Code of medical and sanitary regulations for the guidance of medical officers serving in the Madras Presidency - Volume II
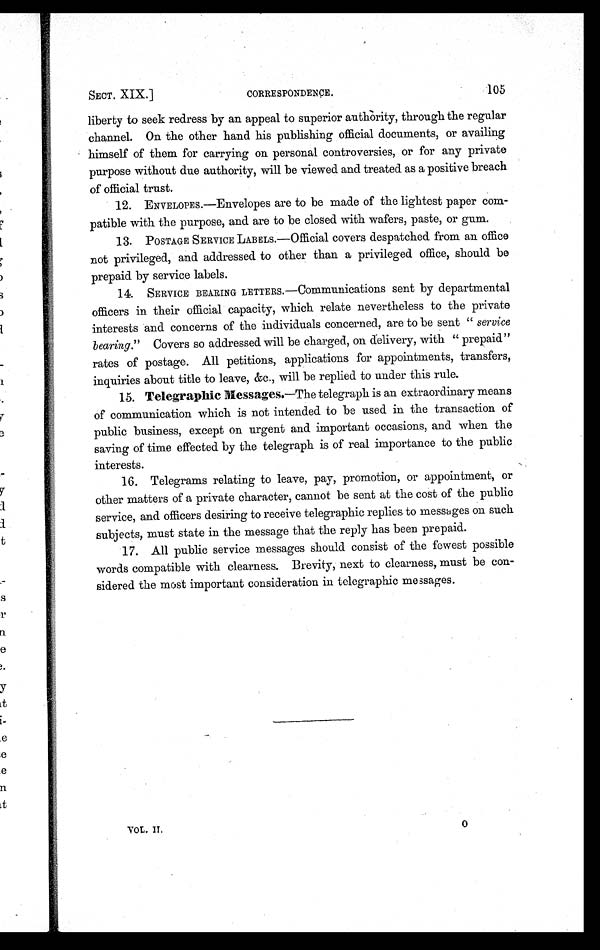
SECT. XIX.]
CORRESPONDENCE.
105
liberty to seek redress by an appeal to superior authority, through the regular
channel. On the other hand his publishing official documents, or availing
himself of them for carrying on personal controversies, or for any private
purpose without due authority, will be viewed and treated as a positive breach
of official trust.
12. ENVELOPES.—Envelopes are to be made of the lightest paper com-
patible with the purpose, and are to be closed with wafers, paste, or gum.
13. POSTAGE SERVICE LABELS.—Official covers despatched from an office
not privileged, and addressed to other than a privileged office, should be
prepaid by service labels.
14. SERVICE BEARING LETTERS.—Communications sent by departmental
officers in their official capacity, which relate nevertheless to the private
interests and concerns of the individuals concerned, are to be sent " service
bearing " Covers so addressed will be charged, on delivery, with "prepaid"
rates of postage. All petitions, applications for appointments, transfers,
inquiries about title to leave, &c., will be replied to under this rule.
15. Telegraphic Messages.—The telegraph is an extraordinary means
of communication which is not intended to be used in the transaction of
public business, except on urgent and important occasions, and when the
saving of time effected by the telegraph is of real importance to the public
interests.
16. Telegrams relating to leave, pay, promotion, or appointment, or
other matters of a private character, cannot be sent at the cost of the public
service, and officers desiring to receive telegraphic replies to messages on such
subjects, must state in the message that the reply has been prepaid.
17. All public service messages should consist of the fewest possible
words compatible with clearness. Brevity, next to clearness, must be con-
sidered the most important consideration in telegraphic messages.
VOL. II.
0